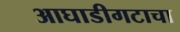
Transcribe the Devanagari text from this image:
आघाडीगटाचा